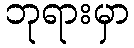
ဘုရားမှာ